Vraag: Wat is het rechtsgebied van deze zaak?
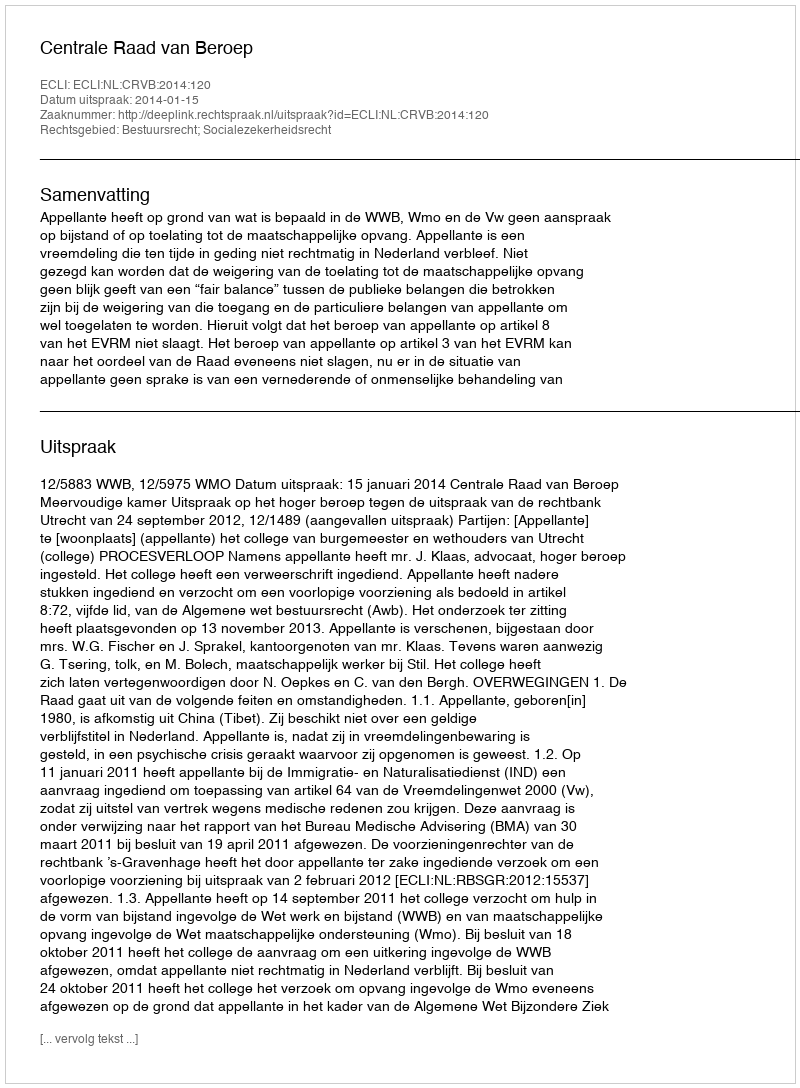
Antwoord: Bestuursrecht; Socialezekerheidsrecht